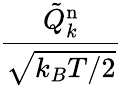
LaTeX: \frac{\tilde{Q}_{k}^{\mathrm{n}}}{\sqrt{k_{B}T/2}}